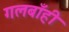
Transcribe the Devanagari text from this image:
गलबाँही